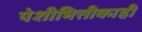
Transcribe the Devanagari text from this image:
पेशीभित्तीकाही